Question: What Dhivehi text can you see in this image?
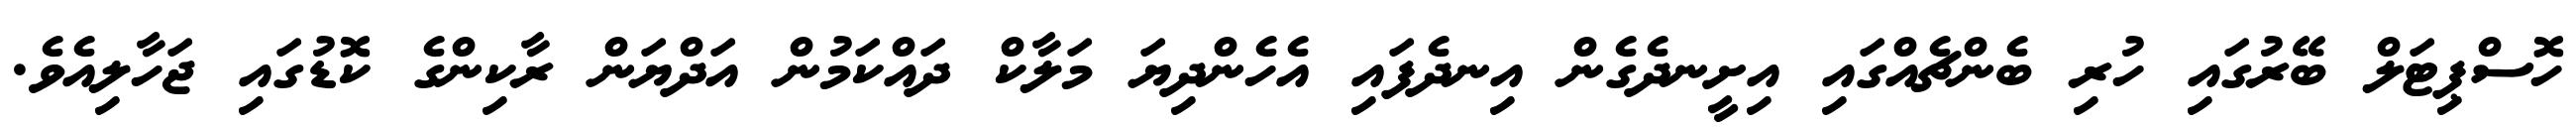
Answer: ހޮސްޕިޓަލް ބޭރުގައި ހުރި ބެންޗެއްގައި އިށީނދެގެން އިނދެފައި އެހެންދިޔަ މަލާކް ދައްކަމުން އަދްޔަން ރާކިންގެ ކޮޑުގައި ޖަހާލިއެވެ.